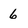
Character: 6